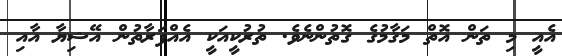
އެއީ މި ތަން އޮތް މަޤާމުގެ ގޮތުންނެވެ. ތުރުކީއަކީ އެއްފަރާތުން އޭޝިޔާ އާއި